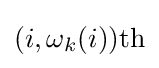
(i,\omega _{k}(i)){\text{th}}